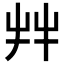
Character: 𦫹